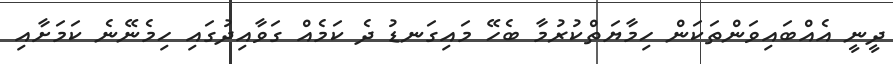
ދީނީ އެއްބައިވަންތަކަން ހިމާޔަތްކުރުމާ ބެހޭ މައިގަނޑު ދެ ކަމެއް ގަވާއިދުގައި ހިމެނޭނެ ކަމަށާއި